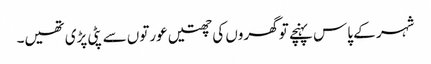
شہر کے پاس پہنچے تو گھروں کی چھتیں عورتوں سے پٹی پڑی تھیں۔